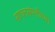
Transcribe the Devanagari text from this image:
साधनसंपत्तीच्या